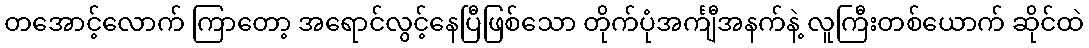
တအောင့်လောက် ကြာတော့ အရောင်လွင့်နေပြီဖြစ်သော တိုက်ပုံအင်္ကျီအနက်နဲ့ လူကြီးတစ်ယောက် ဆိုင်ထဲ